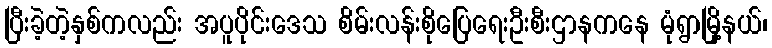
ပြီးခဲ့တဲ့နှစ်ကလည်း အပူပိုင်းဒေသ စိမ်းလန်းစိုပြေရေးဦးစီးဌာနကနေ မုံရွာမြို့နယ်၊